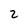
Character: 2